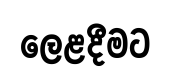
ලෙළදීමට